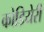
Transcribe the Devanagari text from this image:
कोडियेरी